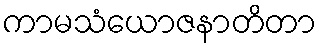
ကာမသံယောဇနာတိတာ